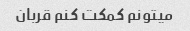
میتونم کمکت کنم قربان